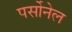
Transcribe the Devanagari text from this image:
पर्सोनेल